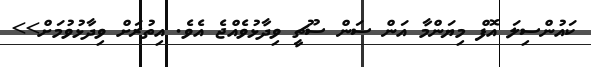
ކައުންސިލަ އޮފް މިޔަންމާ އަން ސަން ސޫޗީ ވިދާޅުވެއްޖެ އެވެ. އިތުރަށް ވިދާޅުވުމަށް>>